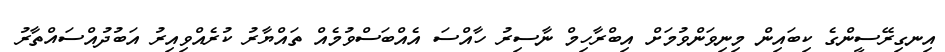
އިނގިރޭސީންގެ ކިބައިން މިނިވަންވުމަށް އިބްރާހިމް ނާސިރު ހާއްސަ އެއްބަސްވުމެއް ތައްޔާރު ކުރެއްވިއިރު އަބުދުއްސައްތާރު